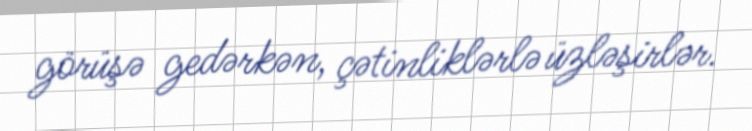
görüşə gedərkən, çətinliklərlə üzləşirlər.